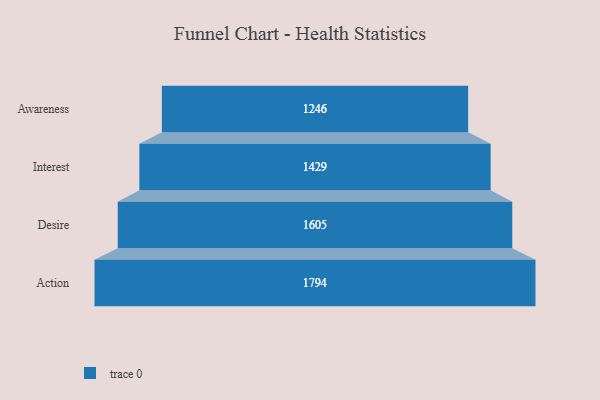
{"axis": {"x": "Stage", "y": "Value"}, "legend": [""], "data": [{"x": "Awareness", "y": 1246.0, "type": ""}, {"x": "Interest", "y": 1429.0, "type": ""}, {"x": "Desire", "y": 1605.0, "type": ""}, {"x": "Action", "y": 1794.0, "type": ""}]}